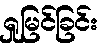
ရှုမြင်ခြင်း